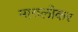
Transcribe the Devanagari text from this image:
मारुलीकर